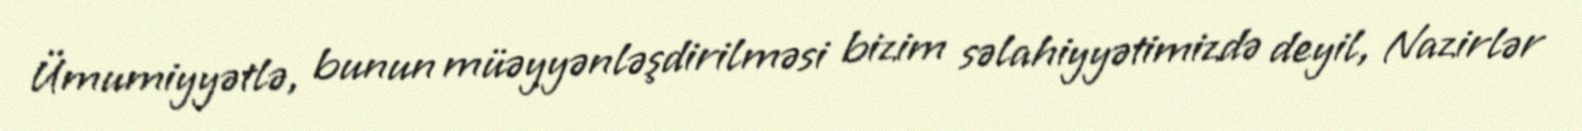
Ümumiyyətlə, bunun müəyyənləşdirilməsi bizim səlahiyyətimizdə deyil, Nazirlər